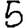
Digit: 5